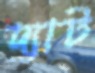
দ্যাট